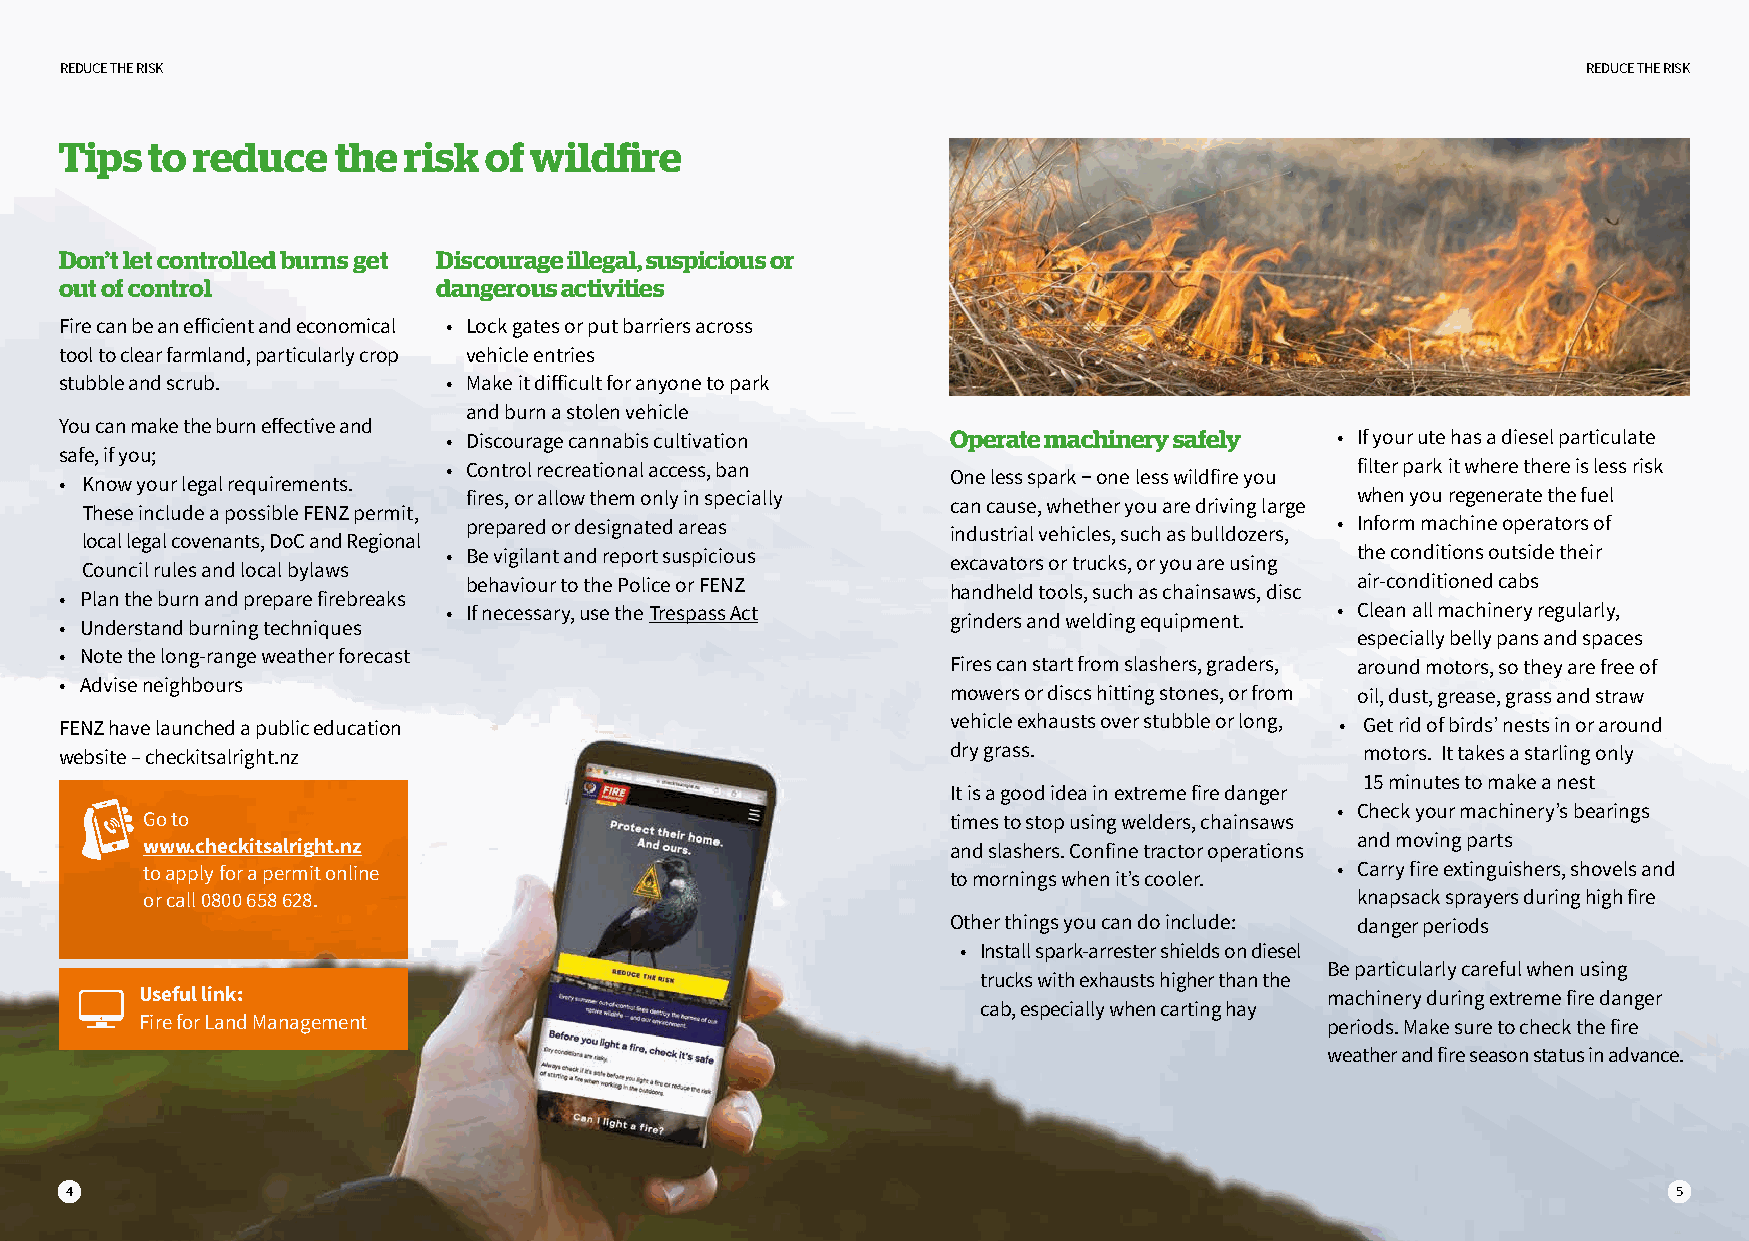
REDUCE THE RISK                                                                                      REDUCE THE RISK
 Tips  to reduce   the  risk of wildfire
 Don’t let controlled burns get Discourage illegal, suspicious or
 out of control           dangerous activities
 Fire can be an efficient and economical • Lock gates or put barriers across
 tool to clear farmland, particularly crop vehicle entries
 stubble and scrub.        • Make it difficult for anyone to park
 and burn a stolen vehicle
 You can make the burn effective and
 • Discourage cannabis cultivation Operate machinery safely • If your ute has a diesel particulate
 safe, if you;
 • Control recreational access, ban                          filter park it where there is less risk
 One less spark − one less wildfire you
 • Know your legal requirements.
 fires, or allow them only in specially                     when you regenerate the fuel
 can cause, whether you are driving large
 These include a possible FENZ permit,
 prepared or designated areas                             • Inform machine operators of
 industrial vehicles, such as bulldozers,
 local legal covenants, DoC and Regional
 • Be vigilant and report suspicious                         the conditions outside their
 excavators or trucks, or you are using
 Council rules and local bylaws
 behaviour to the Police or FENZ                            air-conditioned cabs
 handheld tools, such as chainsaws, disc
 • Plan the burn and prepare firebreaks
 • If necessary, use the Trespass Act                      • Clean all machinery regularly,
 grinders and welding equipment.
 • Understand burning techniques
 especially belly pans and spaces
 • Note the long-range weather forecast
 Fires can start from slashers, graders, around motors, so they are free of
 • Advise neighbours
 mowers or discs hitting stones, or from oil, dust, grease, grass and straw
 FENZ have launched a public education                      vehicle exhausts over stubble or long, • Get rid of birds’ nests in or around
 website – checkitsalright.nz                               dry grass.                 motors. It takes a starling only
 15 minutes to make a nest
 It is a good idea in extreme fire danger
 • Check your machinery’s bearings
 Go to                                                 times to stop using welders, chainsaws
 and moving parts
 www.checkitsalright.nz                                and slashers. Confine tractor operations
 to apply for a permit online                          to mornings when it’s cooler. • Carry fire extinguishers, shovels and
 or call 0800 658 628.                                                            knapsack sprayers during high fire
 Other things you can do include: danger periods
 • Install spark-arrester shields on diesel
 Be particularly careful when using
 trucks with exhausts higher than the
 Useful link:                                                                   machinery during extreme fire danger
 cab, especially when carting hay
 Fire for Land Management                                                       periods. Make sure to check the fire
 weather and fire season status in advance.
 4                                                                                                          5